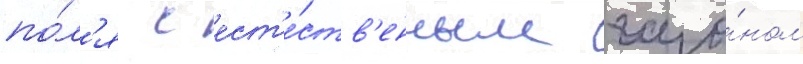
по́л'я с ест'е́ств'енным газо́ном